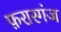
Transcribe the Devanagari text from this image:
फ़रारगंज